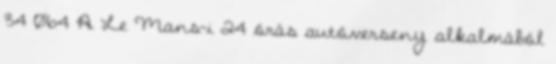
34 064 A Le Mans-i 24 órás autóverseny alkalmából